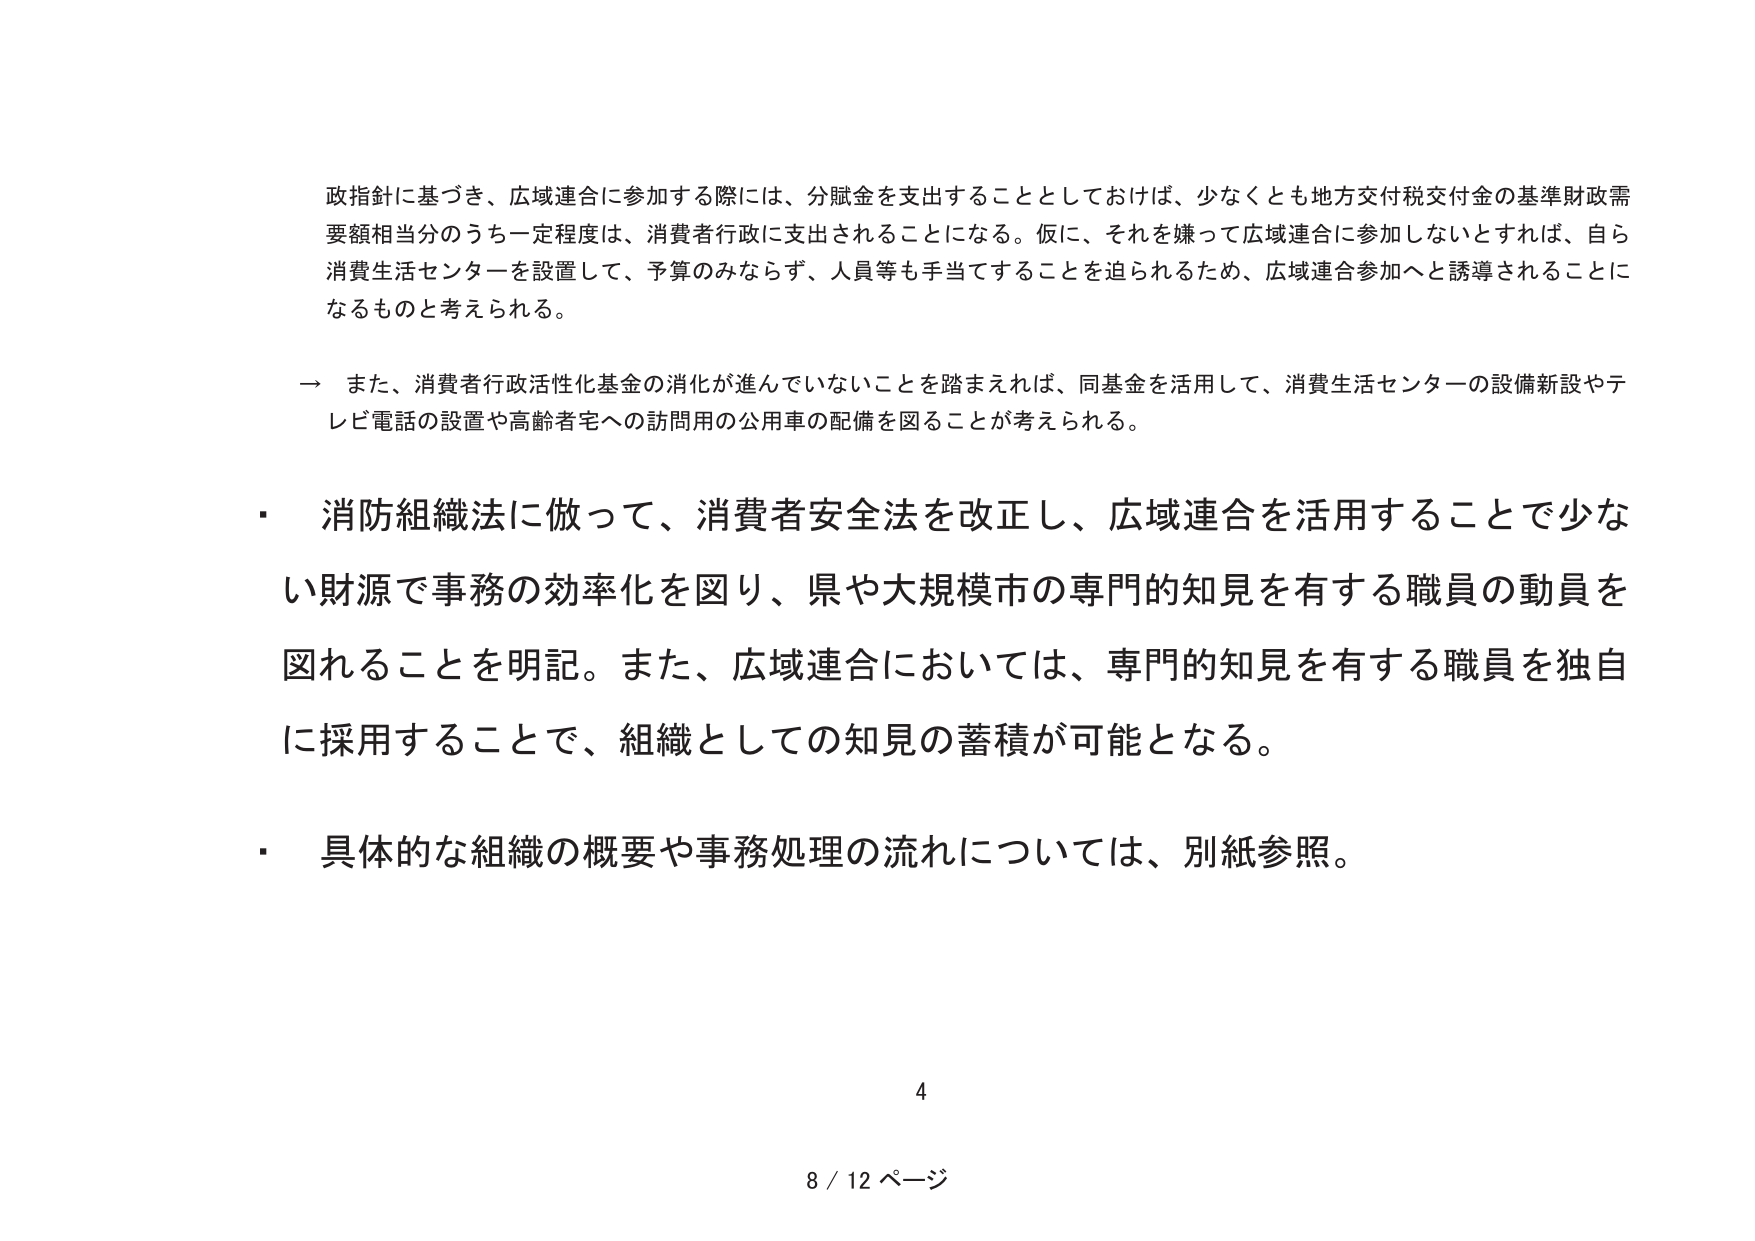
政指針に基づき、広域連合に参加する際には、分賦金を支出することとしておけば、少なくとも地方交付税交付金の基準財政需要額相当分のうち一定程度は、消費者行政に支出されることになる。仮に、それを嫌って広域連合に参加しないとすれば、自ら消費生活センターを設置して、予算のみならず、人員等も手当てすることを迫られるため、広域連合参加へと誘導されることになるものと考えられる。

→ また、消費者行政活性化基金の消化が進んでいないことを踏まえれば、同基金を活用して、消費生活センターの設備新設やテレビ電話の設置や高齢者宅への訪問用の公用車の配備を図ることが考えられる。

・ 消防組織法に倣って、消費者安全法を改正し、広域連合を活用することで少ない財源で事務の効率化を図り、県や大規模市の専門的知見を有する職員の動員を図ることを明記。また、広域連合においては、専門的知見を有する職員を独自に採用することで、組織としての知見の蓄積が可能となる。

・ 具体的な組織の概要や事務処理の流れについては、別紙参照。

4

8 / 12 ページ